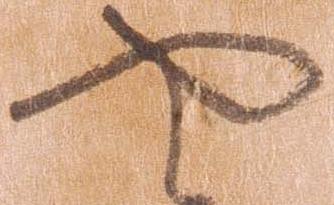
や